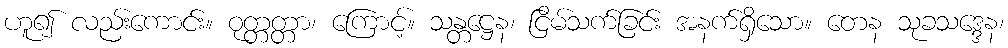
ဟူ၍ လည်းကောင်း။ ဝုတ္တတ္တာ၊ ကြောင့်။ သန္တဋ္ဌေန၊ ငြိမ်သက်ခြင်း အနက်ရှိသော။ တေန သုခသဒ္ဒေန၊